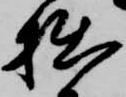
拙